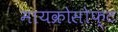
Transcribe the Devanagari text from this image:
मायक्रोसोफ्ट